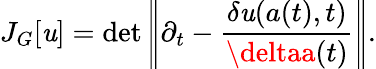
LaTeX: J_{G}[\mathit{u}]=\operatorname*{det}\left|\! \left|\partial_{t}-\frac{{\delta\mathit{u}(a(t),t)}}{{\deltaa(t)}}\right|\! \right|.